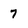
Character: 7